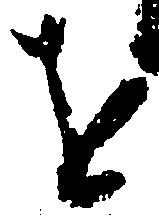
を